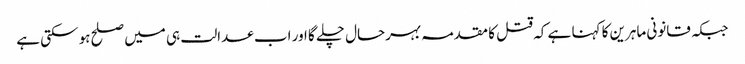
جبکہ قانونی ماہرین کا کہنا ہے کہ قتل کا مقدمہ بہرحال چلے گا اور اب عدالت ہی میں صلح ہو سکتی ہے